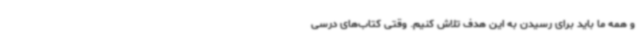
و همه ما باید برای رسیدن به این هدف تلاش کنیم. وقتی کتاب‌های درسی